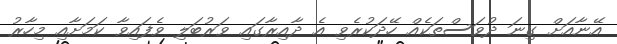
އޭނާއަށް ގިނަ ދުވަސްތަކެއް ހޭދަކުރެވި އެ ދާއިރާގައި ވަރުބަލި ވެފައިވާ ކަމަށާއި މިހާރު